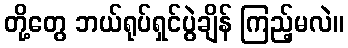
တို့တွေ ဘယ်ရုပ်ရှင်ပွဲချိန် ကြည့်မလဲ။